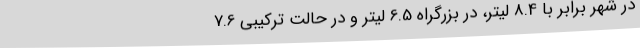
در شهر برابر با 8.4 لیتر، در بزرگراه 6.5 لیتر و در حالت ترکیبی 7.6